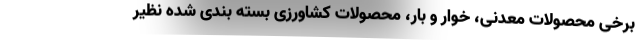
برخی محصولات معدنی، خوار و بار، محصولات کشاورزی بسته بندی شده نظیر